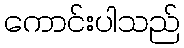
ကောင်းပါသည်